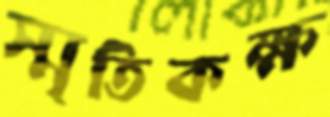
স্মৃতিকক্ষ